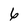
Character: 6